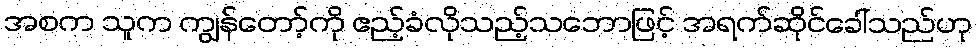
အစက သူက ကျွန်တော့်ကို ဧည့်ခံလိုသည့်သဘောဖြင့် အရက်ဆိုင်ခေါ်သည်ဟု